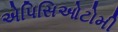
એપિસિઓટોમી